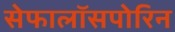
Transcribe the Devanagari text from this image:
सेफालॉसपोरिन